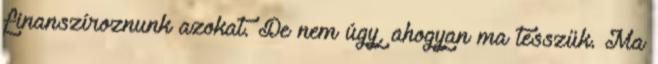
finanszíroznunk azokat. De nem úgy, ahogyan ma tesszük. Ma